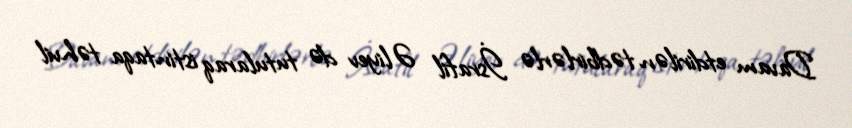
Davam etdirilən tədbirlərlə İsrafil Əliyev də tutularaq istintaqa təhvil